Civil Veterinary Dept. Bombay admin report 1923-31 - 1923-1931
Year: 1923
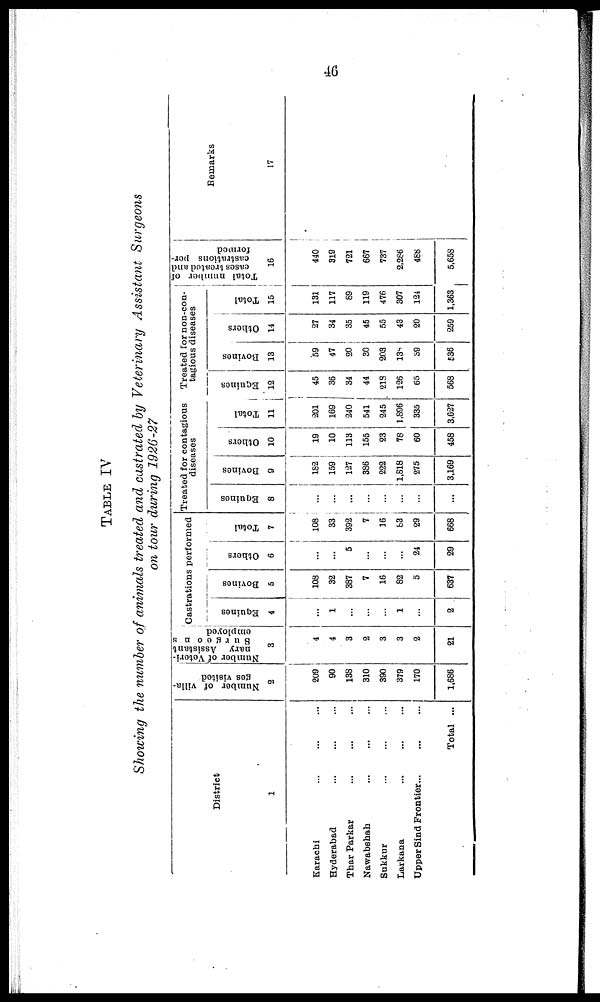
46
TABLE IV
Showing the number of animals treated and castrated by Veterinary Assistant Surgeons
on tour during 1926-27
District
1
Karachi ... ... ...
Hyderabad ... ... ...
Thar Parkar ... ... ...
Nawabshah ... ... ...
Sukkur ... ... ...
Larkana ... ... ...
Upper Sind Frontier ... ... ...
Total ...
Number of villa-
ges visited
2
209
90
138
310
390
379
170
1,686
Number of Veteri-
nary
Assistant
Surgeons
employed
3
4
4
3
2
3
3
2
21
Castrations performed
Equines
4
...
1
...
...
...
1
...
2
Bovines
5
108
32
387
7
16
82
5
637
Others
6
...
...
5
...
...
...
24
29
Total
7
108
33
392
7
16
83
29
668
Treated for contagious
diseases
Equines
8
...
...
...
...
...
...
...
...
Bovines
9
182
159
127
386
222
1,818
275
3,169
Others
10
19
10
113
155
23
78
60
458
Total
11
201
169
240
541
245
1,896
335
3,627
Treated for non-con-
tagious diseases
Equines
12
45
36
34
44
218
126
65
568
Bovines
13
59
47
20
30
203
138
39
536
Others
14
27
34
35
45
55
43
20
259
Total
15
131
117
89
119
476
307
124
1,363
Total number of
cases treated and
castrations per-
formed
16
440
319
721
667
737
2,286
488
5,658
Remarks
17